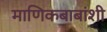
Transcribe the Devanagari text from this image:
माणिकबाबांशी